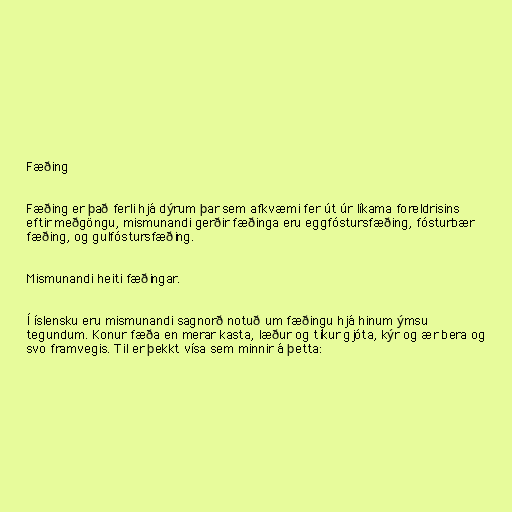
Fæðing

Fæðing er það ferli hjá dýrum þar sem afkvæmi fer út úr líkama foreldrisins
eftir meðgöngu, mismunandi gerðir fæðinga eru eggfóstursfæðing, fósturbær
fæðing, og gulfóstursfæðing.

Mismunandi heiti fæðingar.

Í íslensku eru mismunandi sagnorð notuð um fæðingu hjá hinum ýmsu
tegundum. Konur fæða en merar kasta, læður og tíkur gjóta, kýr og ær bera og
svo framvegis. Til er þekkt vísa sem minnir á þetta: